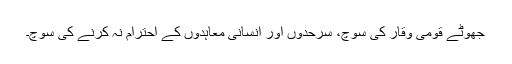
جھوٹے قومی وقار کی سوچ، سرحدوں اور انسانی معاہدوں کے احترام نہ کرنے کی سوچ۔